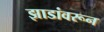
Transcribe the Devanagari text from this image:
झाडांवरून